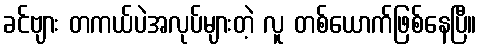
ခင်ဗျား တကယ်ပဲအလုပ်များတဲ့ လူ တစ်ယောက်ဖြစ်နေပြီ။